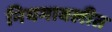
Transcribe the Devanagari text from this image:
नियमावलीत